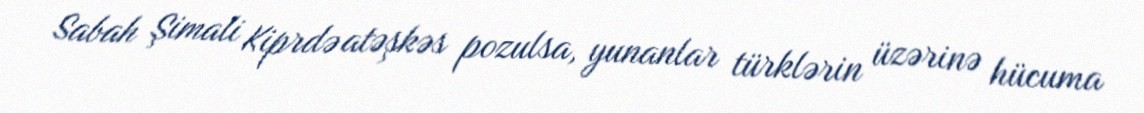
Sabah Şimali Kiprdə atəşkəs pozulsa, yunanlar türklərin üzərinə hücuma